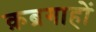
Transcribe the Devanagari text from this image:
क़ब्रगाहों